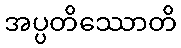
အပ္ပတိဿောတိ